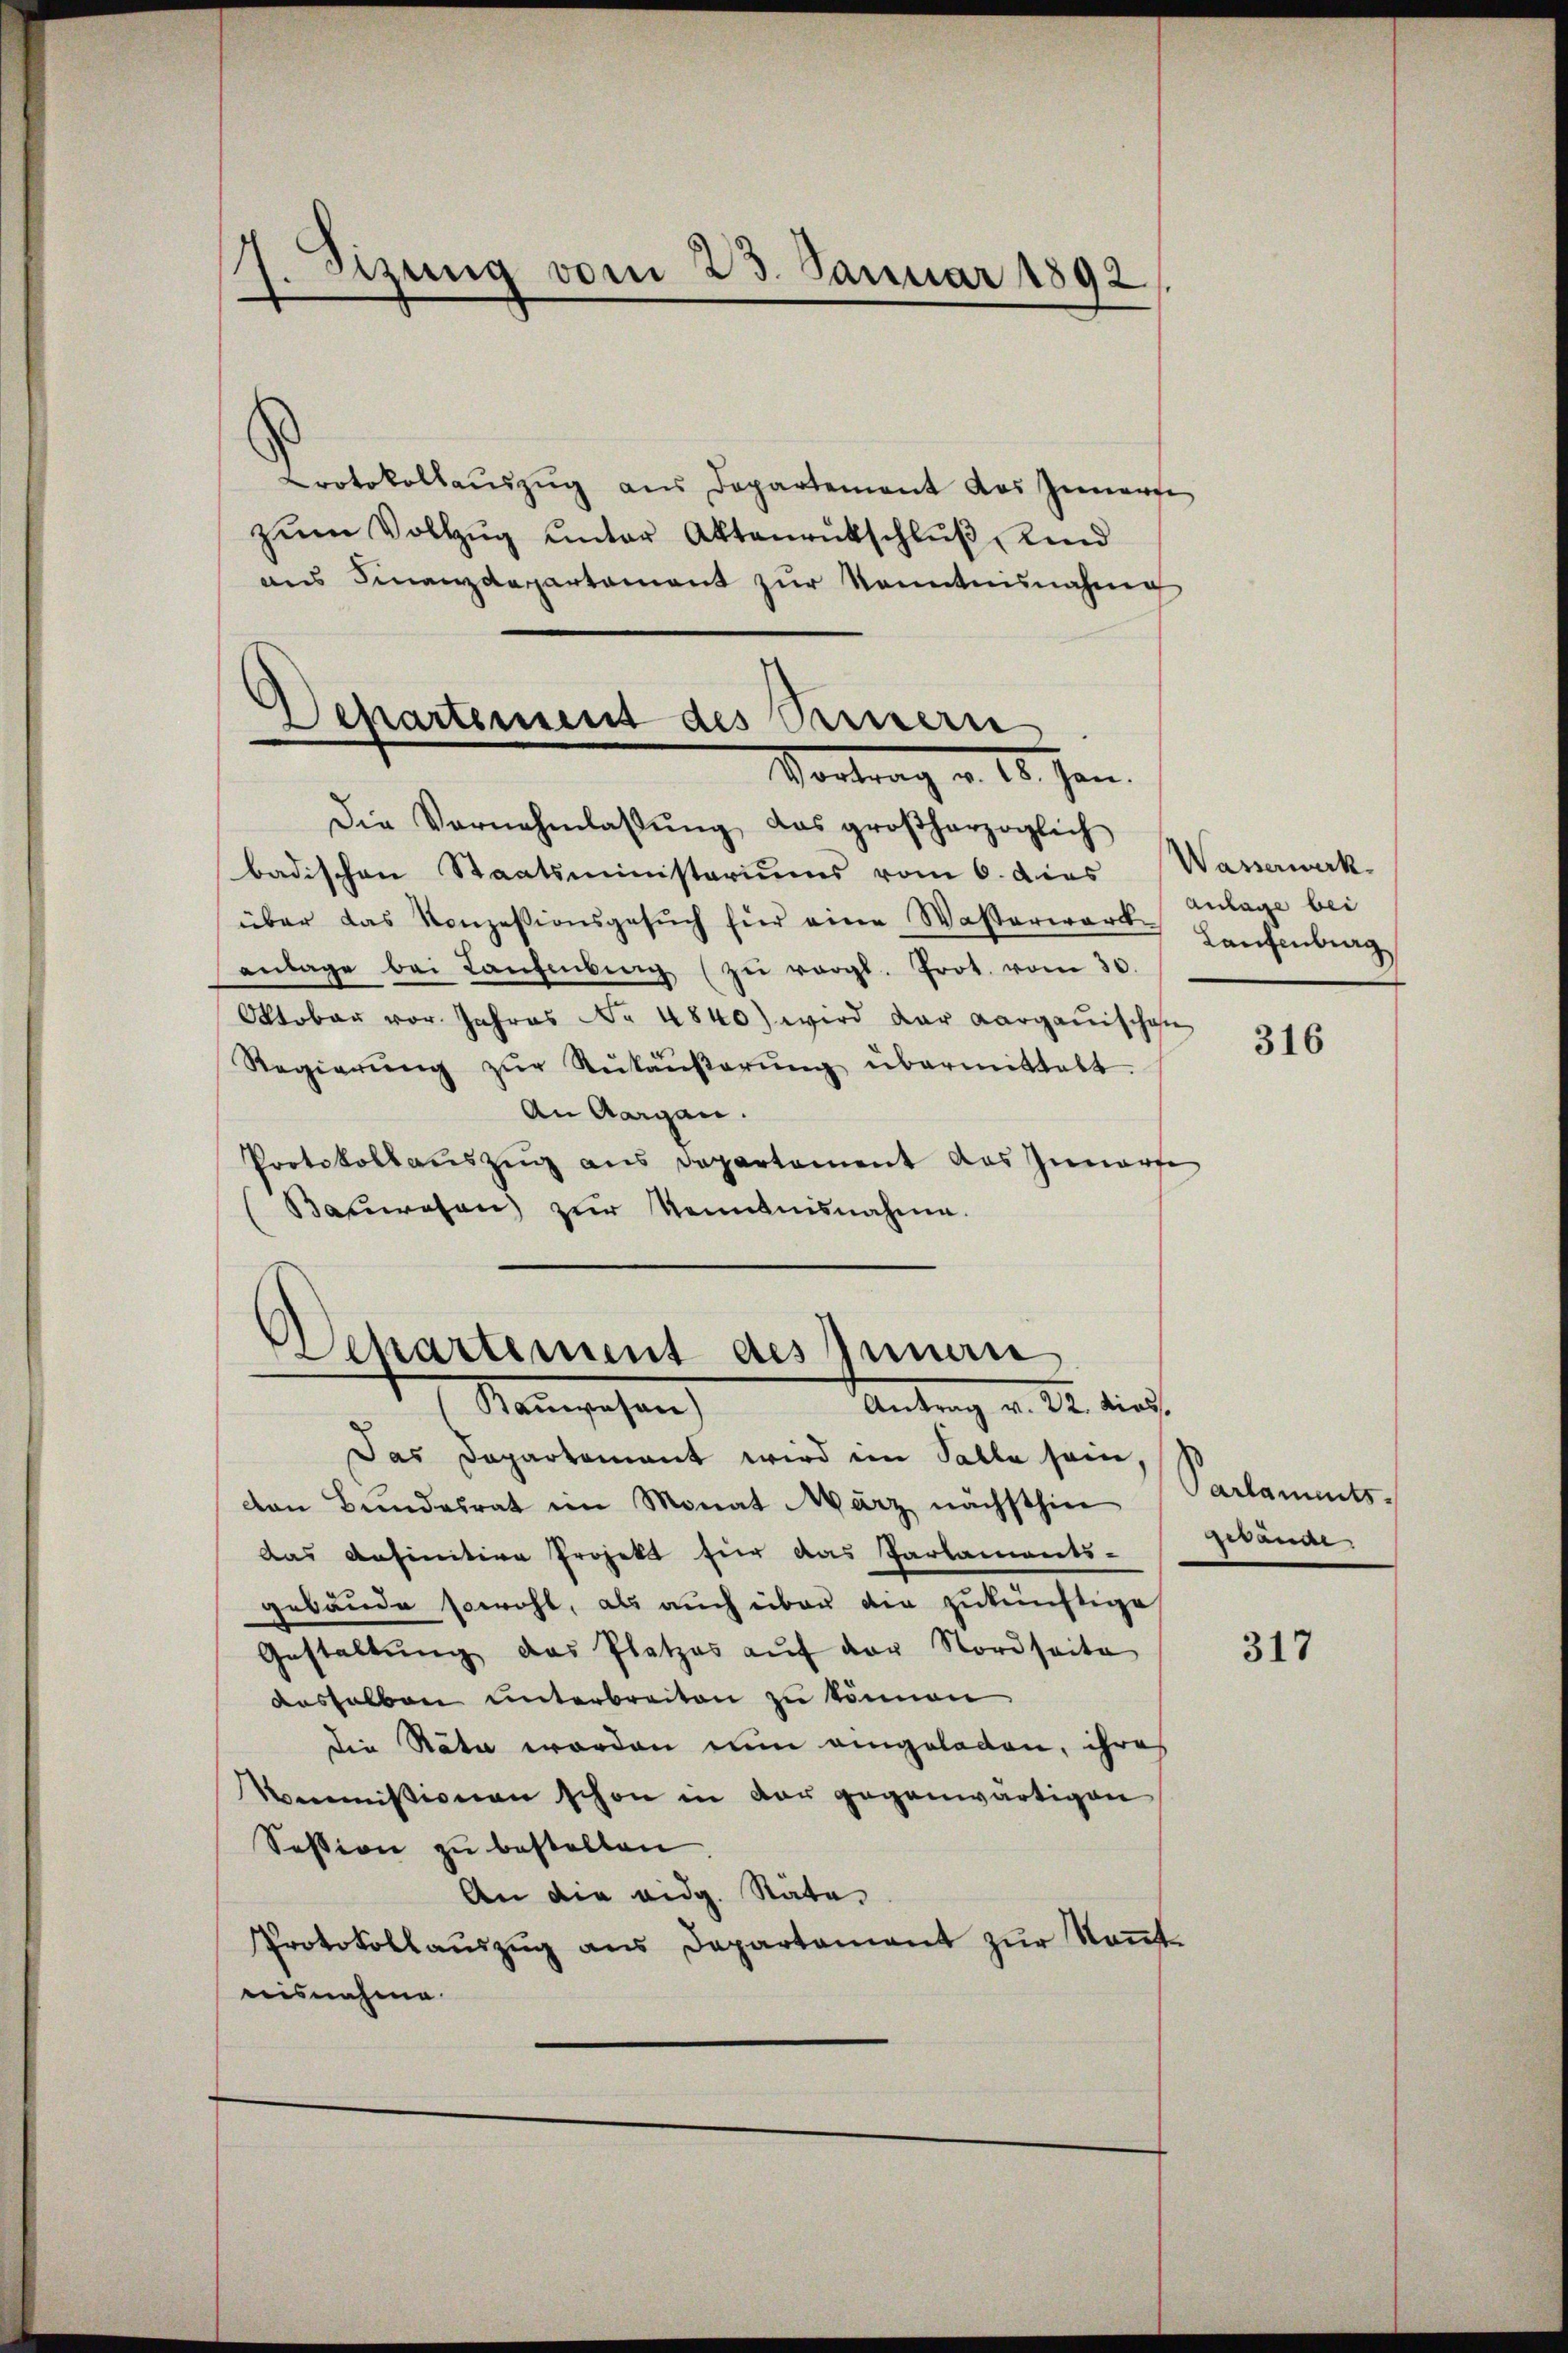
7. Sizung vom 23. Januar 1892.

Protokollaŭszŭg aŭs Departement das Innern
zŭm Vollzŭg ŭnter Aktenrutschlŭβ Kind
ans Finanzdepartament zŭr Kenntnisnahung
Departement des Sennern

Vortrag v. 18. Jan.

Die Vornahmlassŭng, das großherzoglich
badischen Staatsministeriums vom 6. dies Wasserwerk
über das Konzessionsgesŭch für eine Wasserwerk-
anlage bei Lanzenberg zŭ vergl. Prot. vom 30.
Oktober vor. Jahres No 4840) wird der Aargauischen
Regierŭng zŭr Rükäŭβerŭng übermittelt.
An Aargau.
Protokollauszug aus Departement das Zunarfe
Bauwesen) zur Kenntnisnahme.

.
Departement des Innan
Stammgehen
Antrag v. 22. dios.

Das Departement wird im Falle sein,
von Bundesrat im Monat März nächsthin
das anfinitive Projekt für das Parlaments-
gebäude sowohl, als auch über die zukünftige
Gestaltŭng das Platzes aŭf der Nordseite
dasselben unterbreiten zu können.
die Stäte worden nun eingeladen, ihres
Kommissionen schon in der gegenwärtigen
Session zu bestellen.
An die eidg. Rate
Protokollauszug aus Departement zur Kenntnisnahme.

Anlage bei
Laufenbrag

316

Parlaments
gedanar

317